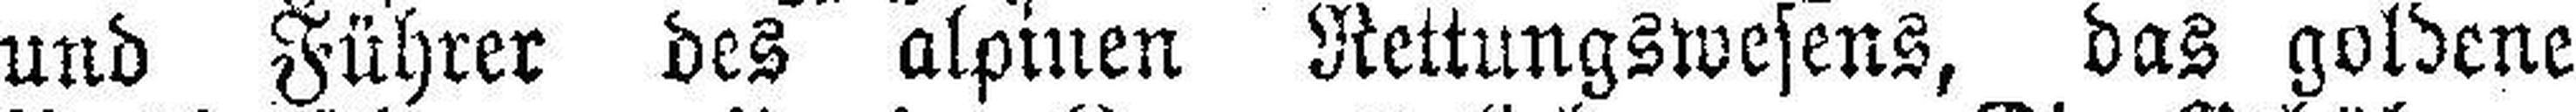
und Führer des alpinen Rettungswesens, das goldene